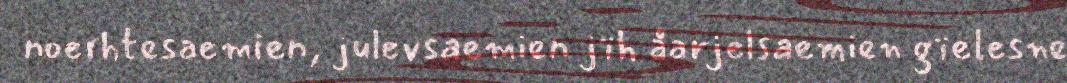
noerhtesaemien, julevsaemien jïh åarjelsaemien gïelesne